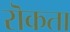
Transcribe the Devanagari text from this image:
रॊकता